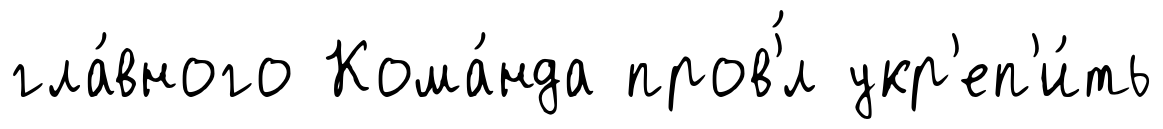
гла́вного Кома́нда пров'́л укр'еп'и́ть